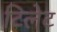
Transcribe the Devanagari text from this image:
टिलेट